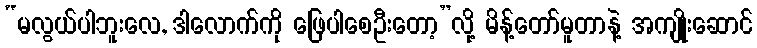
“မလွယ်ပါဘူးလေ, ဒါလောက်ကို ဖြေပါစေဦးတော့”လို့ မိန့်တော်မူတာနဲ့ အကျိုးဆောင်